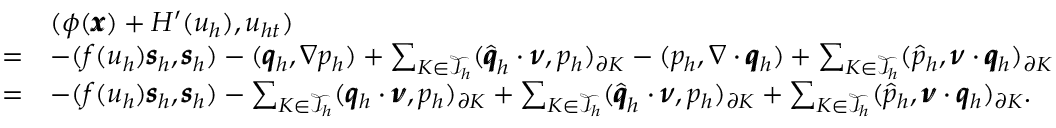
\begin{array} { r l } & { ( \phi ( \pmb { x } ) + H ^ { \prime } ( u _ { h } ) , u _ { h t } ) } \\ { = } & { - ( f ( u _ { h } ) \pmb { s } _ { h } , \pmb { s } _ { h } ) - ( \pmb { q } _ { h } , \nabla p _ { h } ) + \sum _ { K \in \mathcal { T } _ { h } } ( \widehat { \pmb { q } } _ { h } \cdot \pmb { \nu } , p _ { h } ) _ { \partial K } - ( p _ { h } , \nabla \cdot \pmb { q } _ { h } ) + \sum _ { K \in \mathcal { T } _ { h } } ( \widehat { p } _ { h } , \pmb { \nu } \cdot \pmb { q } _ { h } ) _ { \partial K } } \\ { = } & { - ( f ( u _ { h } ) \pmb { s } _ { h } , \pmb { s } _ { h } ) - \sum _ { K \in \mathcal { T } _ { h } } ( \pmb { q } _ { h } \cdot \pmb { \nu } , p _ { h } ) _ { \partial K } + \sum _ { K \in \mathcal { T } _ { h } } ( \widehat { \pmb { q } } _ { h } \cdot \pmb { \nu } , p _ { h } ) _ { \partial K } + \sum _ { K \in \mathcal { T } _ { h } } ( \widehat { p } _ { h } , \pmb { \nu } \cdot \pmb { q } _ { h } ) _ { \partial K } . } \end{array}